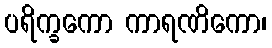
ပရိက္ခကော ကာရဏိကော၊